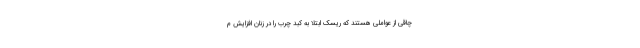
چاقی از عواملی هستند که ریسک ابتلا به کبد چرب را در زنان افزایش م